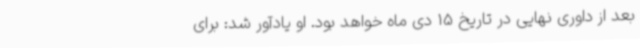
بعد از داوری نهایی در تاریخ 15 دی ماه خواهد بود. او یادآور شد: برای